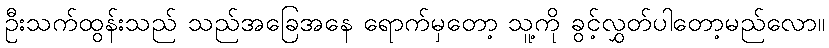
ဦးသက်ထွန်းသည် သည်အခြေအနေ ရောက်မှတော့ သူ့ကို ခွင့်လွှတ်ပါတော့မည်လော။